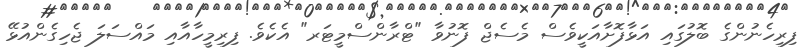
ފިރިހެނުންގެ ބޮލުގައި އަޅާފޮށާއަކީވެސް މެސެޖް ފޮނުވާ "ޓްރާންސްމީޓަރ" އެކެވެ. ފިރިމީހާއާއި މައްސަލަ ޖެހިގެންއުޅޭ